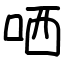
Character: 哂